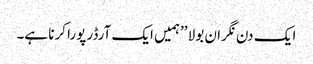
ا یک دن نگران بولا ’’ہمیں ایک آرڈر پورا کرنا ہے۔